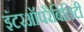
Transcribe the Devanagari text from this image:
इंटरऑपरैबिलिटी